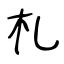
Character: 札